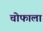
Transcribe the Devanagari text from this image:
चोफाला